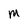
Character: M